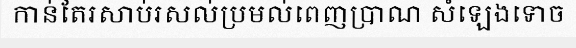
កាន់តែរសាប់រសល់ប្រមល់ពេញប្រាណ សំឡេងទោច